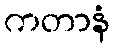
ကတာနံ